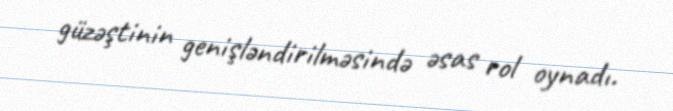
güzəştinin genişləndirilməsində əsas rol oynadı.